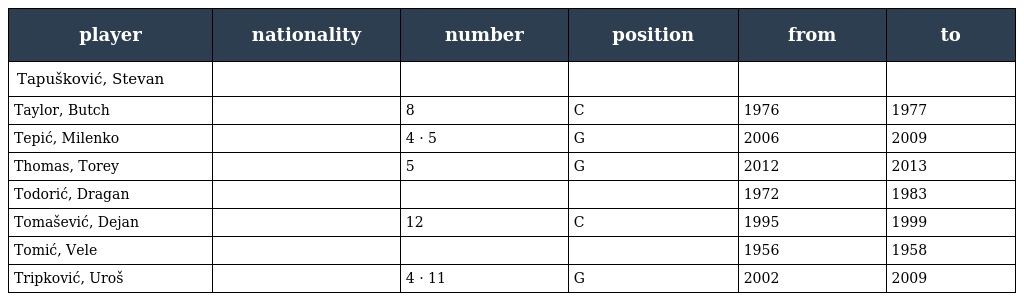
| player | nationality | number | position | from | to |
 | --- | --- | --- | --- | --- | --- |
 | Tapušković, Stevan |  |  |  |  |  |
 | Taylor, Butch |  | 8 | C | 1976 | 1977 |
 | Tepić, Milenko |  | 4 · 5 | G | 2006 | 2009 |
 | Thomas, Torey |  | 5 | G | 2012 | 2013 |
 | Todorić, Dragan |  |  |  | 1972 | 1983 |
 | Tomašević, Dejan |  | 12 | C | 1995 | 1999 |
 | Tomić, Vele |  |  |  | 1956 | 1958 |
 | Tripković, Uroš |  | 4 · 11 | G | 2002 | 2009 |